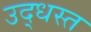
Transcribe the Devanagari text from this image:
उद्‌धस्त